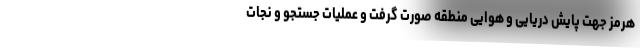
هرمز جهت پایش دریایی و هوایی منطقه صورت گرفت و عملیات جستجو و نجات